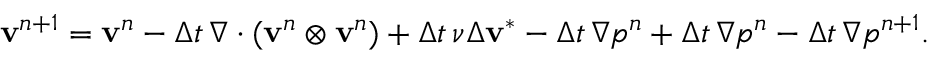
\mathbf { v } ^ { n + 1 } = \mathbf { v } ^ { n } - { \Delta t } \, \nabla \cdot ( \mathbf { v } ^ { n } \otimes \mathbf { v } ^ { n } ) + { \Delta t } \, \nu \Delta \mathbf { v } ^ { * } - { \Delta t } \, \nabla p ^ { n } + { \Delta t } \, \nabla p ^ { n } - { \Delta t } \, \nabla p ^ { n + 1 } .